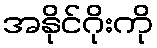
အနိုင်ဂိုးကို